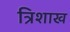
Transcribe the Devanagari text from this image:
त्रिशाख